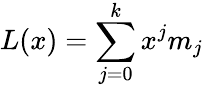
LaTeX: L(x)=\sum_{j=0}^{k}x^{j}m_{j}